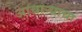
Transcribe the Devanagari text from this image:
आचाऱ्याचा